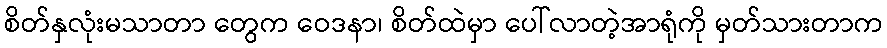
စိတ်နှလုံးမသာတာ တွေက ဝေဒနာ၊ စိတ်ထဲမှာ ပေါ်လာတဲ့အာရုံကို မှတ်သားတာက